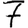
Digit: 7